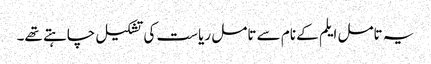
یہ تامل ایلم کے نام سے تامل ریاست کی تشکیل چاہتے تھے۔